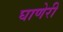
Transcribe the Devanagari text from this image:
घाणेरी